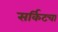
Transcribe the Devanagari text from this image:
सर्किटचा